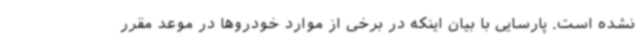
نشده است. پارسایی با بیان اینکه در برخی از موارد خودروها در موعد مقرر